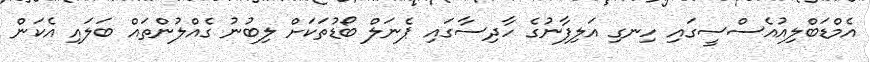
އެމްޑަބްލިއުއެސްސީގައި ހިނގި އަލިފާނުގެ ހާދިސާގައި ޕެނަލް ބޯޑުތަކަށް ލިބުނު ގެއްލުންތައް ބަލައި އެކަން